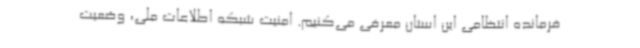
فرمانده انتظامی این استان معرفی می‌کنیم. امنیت شبکه اطلاعات ملی، وضعیت